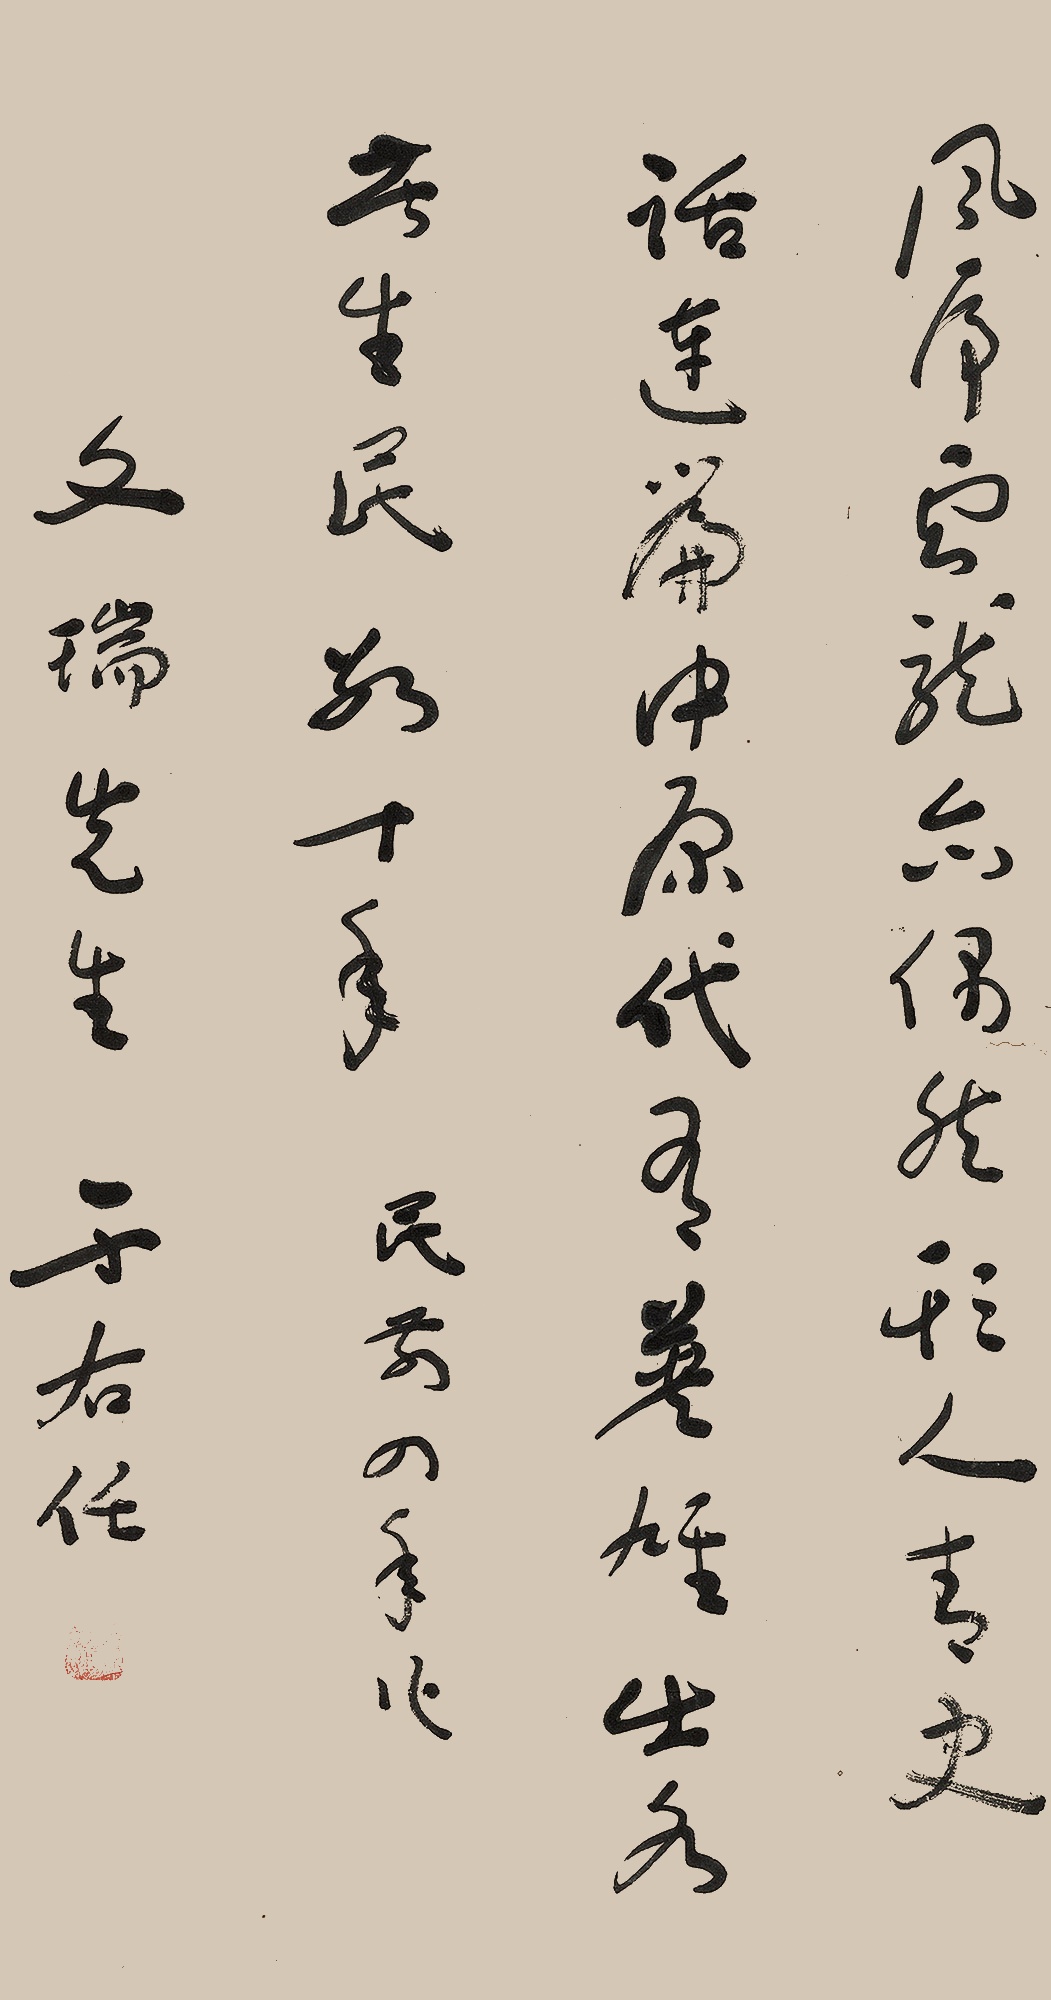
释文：风虎云龙亦偶然，欺人青史话连篇。中原代有英雄出，各苦生民数十年。民前四年作。文瑞先生。于右任。